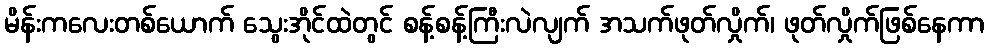
မိန်းကလေးတစ်ယောက် သွေးအိုင်ထဲတွင် စန့်စန့်ကြီးလဲလျက် အသက်ဖုတ်လှိုက်၊ ဖုတ်လှိုက်ဖြစ်နေကာ